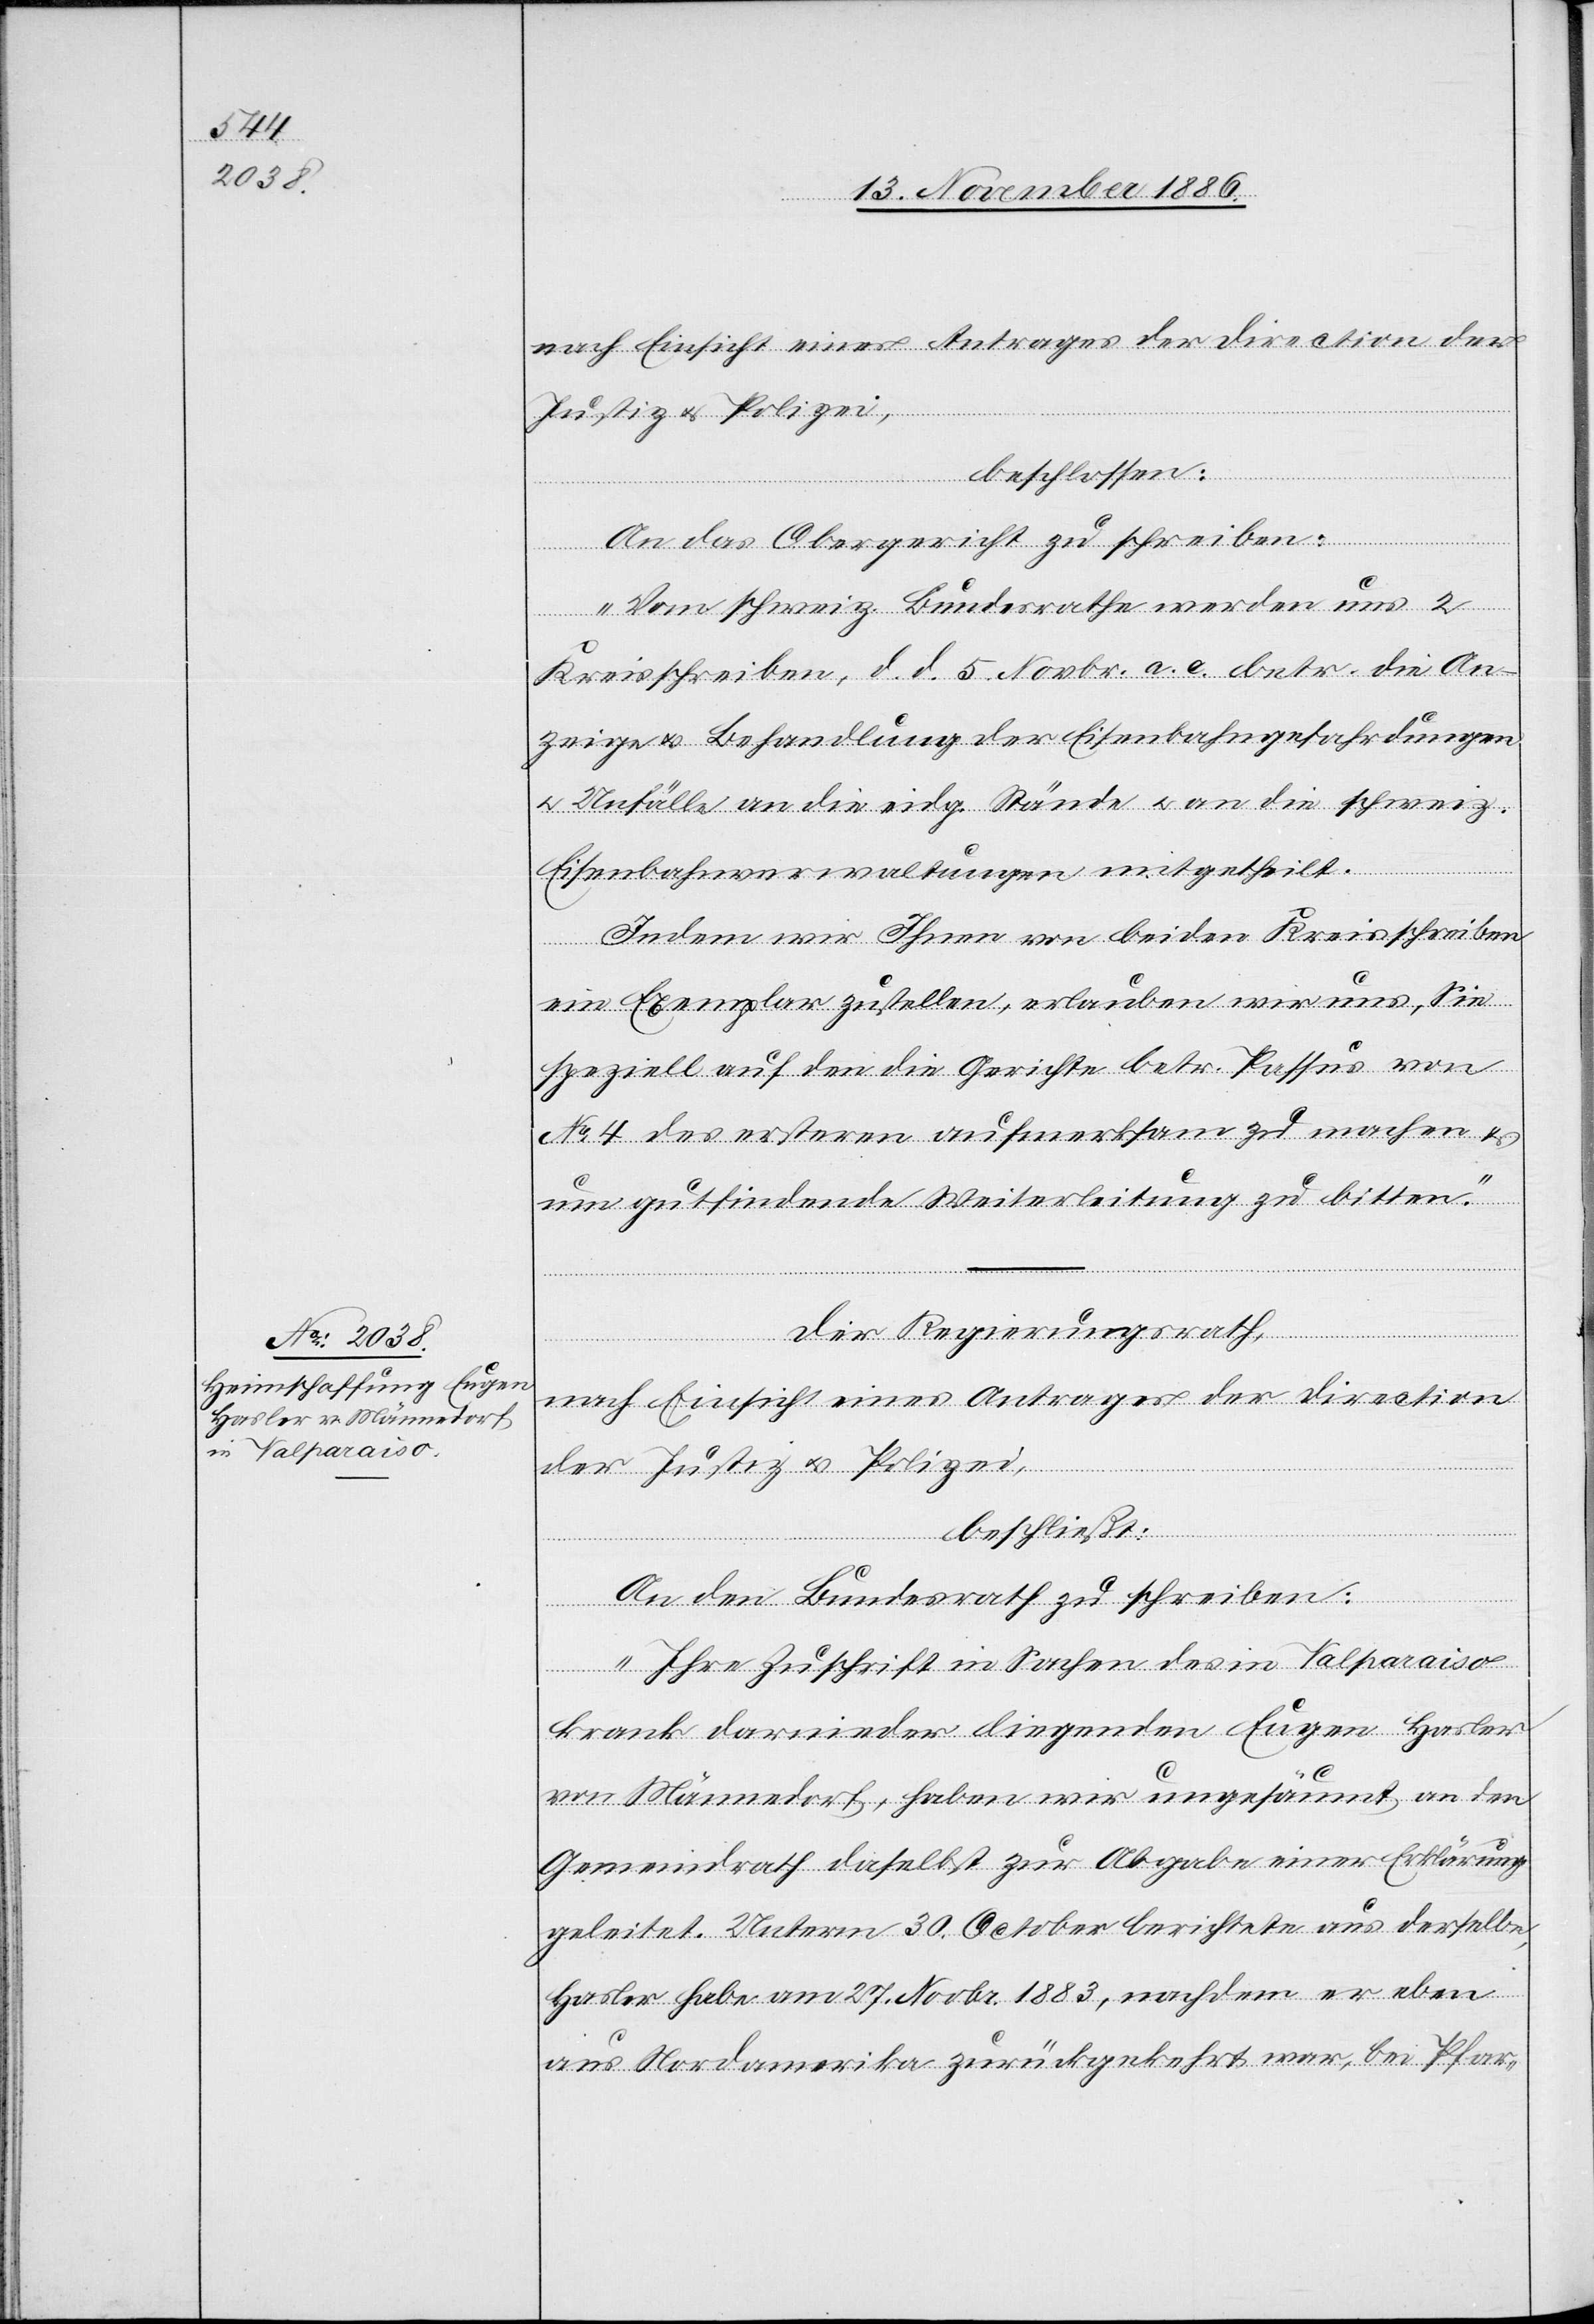
17. November 1886.]
nach Einsicht eines Antrages der Direction der
Justiz & Polizei,
beschlossen:
An das Obergericht zu schreiben:
„Vom schweiz. Bundesrathe werden uns 2
Kreisschreiben, d. d. 5. Novbr. a. c. betr. die An¬
zeige & Behandlung der Eisenbahngefahrdungen
& Unfälle an die eidg. Stände & an die schweiz.
uns]
Eisenbahnverwaltungen mitgetheilt.
Indem wir Ihnen von beiden Kreisschreiben
ein Exemplar zustellen, erlauben wir uns, Sie
speziell auf den die Gerichte betr. Passus von
No 4 des ersteren aufmerksam zu machen &
um gutfindende Weiterleitung zu bitten.“
elbe,
Der Regierungsrath,
nach Einsicht eines Antrages der Direction
der Justiz & Polizei,
beschließt:
An den Bundesrath zu schreiben:
ders¬
„Ihre Zuschrift in Sachen des in Valparaiso
krank darnieder liegenden Eugen Hasler
von Männedorf, haben wir ungesäumt an den
Gemeindrath daselbst zur Abgabe einer Erklärung
geleitet. Unterm 30. October berichtete aus [recte:
Hasler habe am 27. Novbr. 1883, nachdem er eben
aus Nordamerika zurückgekehrt war, bei Pfar-